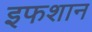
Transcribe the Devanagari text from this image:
इफशान